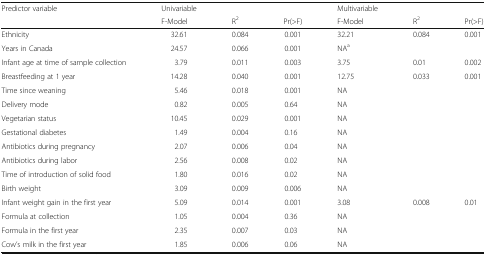
| <ROWSPAN=2> Predictor variable | Univariable | <COLSPAN=2>  | Multivariable | <COLSPAN=2>  |
 | F-Model | R2 | Pr(>F) | F-Model | R2 | Pr(>F) |
 | --- | --- | --- | --- | --- | --- | --- |
 | Ethnicity | 32.61 | 0.084 | 0.001 | 32.21 | 0.084 | 0.001 |
 | Years in Canada | 24.57 | 0.066 | 0.001 | NAa |  |  |
 | Infant age at time of sample collection | 3.79 | 0.011 | 0.003 | 3.75 | 0.01 | 0.002 |
 | Breastfeeding at 1 year | 14.28 | 0.040 | 0.001 | 12.75 | 0.033 | 0.001 |
 | Time since weaning | 5.46 | 0.018 | 0.001 | NA |  | <ROWSPAN=8>  |
 | Delivery mode | 0.82 | 0.005 | 0.64 | NA |  |
 | Vegetarian status | 10.45 | 0.029 | 0.001 | NA |  |
 | Gestational diabetes | 1.49 | 0.004 | 0.16 | NA |  |
 | Antibiotics during pregnancy | 2.07 | 0.006 | 0.04 | NA |  |
 | Antibiotics during labor | 2.56 | 0.008 | 0.02 | NA |  |
 | Time of introduction of solid food | 1.80 | 0.016 | 0.02 | NA |  |
 | Birth weight | 3.09 | 0.009 | 0.006 | NA |  |
 | Infant weight gain in the first year | 5.09 | 0.014 | 0.001 | 3.08 | 0.008 | 0.01 |
 | Formula at collection | 1.05 | 0.004 | 0.36 | NA |  | <ROWSPAN=3>  |
 | Formula in the first year | 2.35 | 0.007 | 0.03 | NA |  |
 | Cow’s milk in the first year | 1.85 | 0.006 | 0.06 | NA |  |